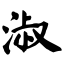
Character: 淑